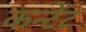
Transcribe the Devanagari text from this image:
कन्टेंट